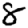
Digit: 8